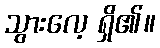
သွားလေ့ ရှိ၏။